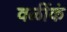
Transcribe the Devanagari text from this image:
वळींकं